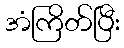
အံကြိတ်ပြီး